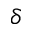
\delta